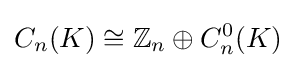
C_{n}(K)\cong \mathbb {Z} _{n}\oplus C_{n}^{0}(K)